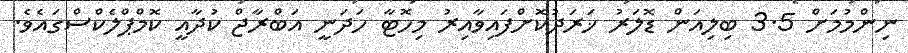
ނިންމުމަށް 3.5 ބިލިއަން ޑޮލަރު ޚަރަދުކޮށްފައިވާއިރު މިހޮޓާ ހަދަނީ އަބްރާޖް ކުދާއީ ކޮމްޕްލެކްސްގައެވެ.